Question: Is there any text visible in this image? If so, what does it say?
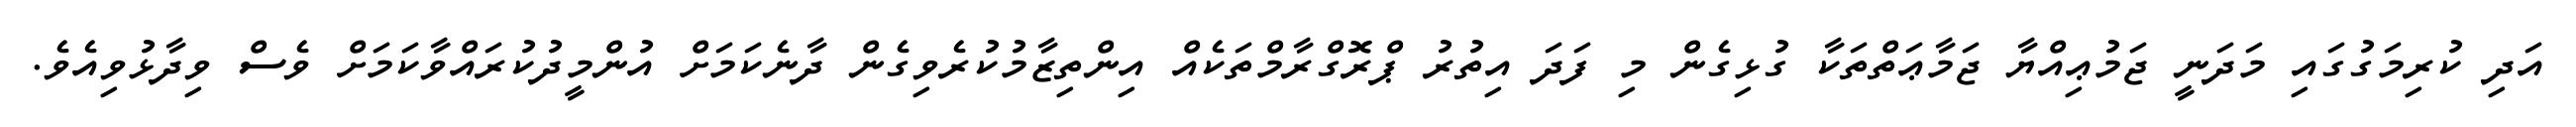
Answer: އަދި ކުރިމަގުގައި މަދަނީ ޖަމުޢިއްޔާ ޖަމާޢަތްތަކާ ގުޅިގެން މި ފަދަ އިތުރު ޕްރޮގްރާމްތަކެއް އިންތިޒާމުކުރެވިގެން ދާނެކަމަށް އުންމީދުކުރައްވާކަމަށް ވެސް ވިދާޅުވިއެވެ.